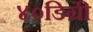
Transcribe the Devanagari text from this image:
४०डिग्री